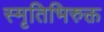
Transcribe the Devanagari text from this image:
स्मृतिभिरुक्त